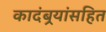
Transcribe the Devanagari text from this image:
कादंबर्‍यांसहित